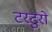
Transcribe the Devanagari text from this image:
टरटुरो